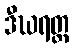
ဒီဃရတ္တ